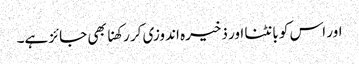
اور اس کو بانٹنا اور ذخیرہ اندوزی کر رکھنا بھی جائز ہے۔